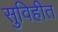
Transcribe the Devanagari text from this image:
सुविहीत